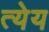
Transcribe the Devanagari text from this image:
त्येय